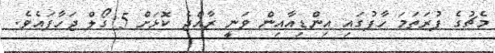
މެޗުގެ ފުރަތަމަ ހާފުގައި އިންޑިއާއިން ވަނީ ރާއްޖެ ކޮޅަށް 5 ގޯލް ޖަހާފައެވެ.